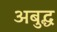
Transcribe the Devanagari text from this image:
अबुद्ध